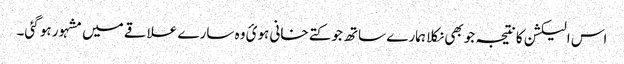
اس الیکشن کا نتیجہ جو بھی نکلا ہمارے ساتھ جو کتے خانی ہوئ وہ سارے علاقے میں مشہور ہو گئی۔